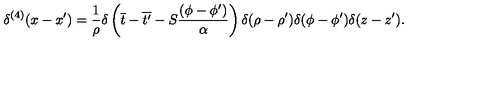
\delta ^ { ( 4 ) } ( x - x ^ { \prime } ) = \frac { 1 } { \rho } \delta \left( \overline { { t } } - \overline { { t ^ { \prime } } } - S \frac { ( \phi - \phi ^ { \prime } ) } { \alpha } \right) \delta ( \rho - \rho ^ { \prime } ) \delta ( \phi - \phi ^ { \prime } ) \delta ( z - z ^ { \prime } ) .